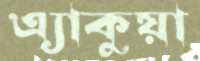
এ্যাকুয়া